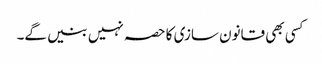
کسی بھی قانون سازی کا حصہ نہیں بنیں گے۔